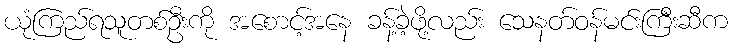
ယုံကြည်ရသူတစ်ဦးကို အစောင့်အနေ ခန့်ခဲ့ဖို့လည်း သေနတ်ဝန်မင်းကြီးဆီက